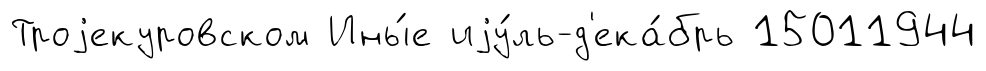
Троjекуровском Ины́е иjу́ль-д'ека́брь 15011944